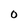
Character: O